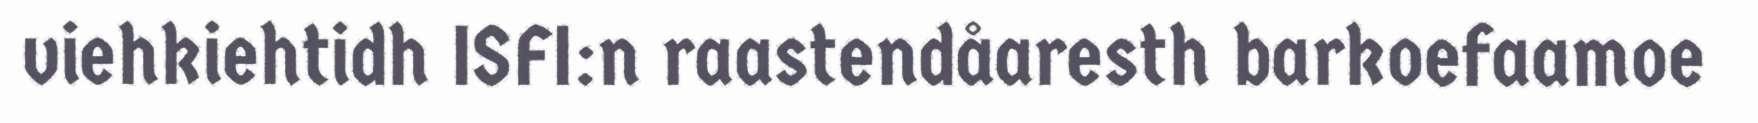
viehkiehtidh ISFI:n raastendåaresth barkoefaamoe